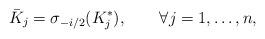
LaTeX: \begin{align*}\bar{K}_j=\sigma_{-i/2}(K_j^*),\qquad\forall j=1,\dots,n,\end{align*}